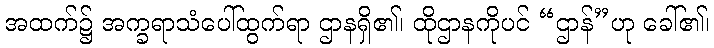
အထက်၌ အက္ခရာသံပေါ်ထွက်ရာ ဌာနရှိ၏၊ ထိုဌာနကိုပင် “ဌာန်”ဟု ခေါ်၏၊